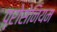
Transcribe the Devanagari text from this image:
प्रोसेनियम